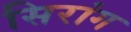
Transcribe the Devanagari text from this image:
सिरांग